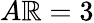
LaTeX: A\mathbb{R}=3